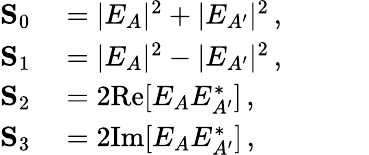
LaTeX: \begin{array}{rl}{\mathbf{S}_{0}}&{{}=|E_{A}|^{2}+|E_{A^{\prime}}|^{2}\, ,\phantom{ZZZZ}}\\ {\mathbf{S}_{1}}&{{}=|E_{A}|^{2}-|E_{A^{\prime}}|^{2}\, ,}\\ {\mathbf{S}_{2}}&{{}=2\mathrm{Re}[E_{A}E_{A^{\prime}}^{\ast}]\, ,}\\ {\mathbf{S}_{3}}&{{}=2\mathrm{Im}[E_{A}E_{A^{\prime}}^{\ast}]\, ,}\end{array}